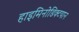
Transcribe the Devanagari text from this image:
हाइमिनोडिक्टयान